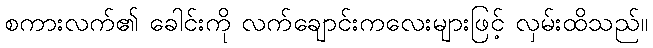
စကားလက်၏ ခေါင်းကို လက်ချောင်းကလေးများဖြင့် လှမ်းထိသည်။